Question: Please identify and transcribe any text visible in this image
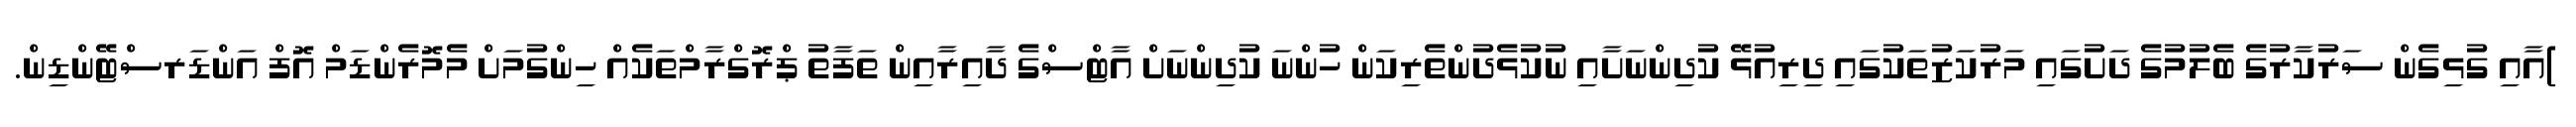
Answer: )އާއި ގުޅިގެން ސަރުކާރުގެ ބެލުމުގެ ދަށުގައި މަރުކަޒުތަކުގައި ދިރިއުޅޭ ކުދިންނަށާއި ނުކުޅެދުންތެރިކަން ހުންނަ ކުދިންނަށް އާޓްސްގެ ދާއިރާއިން ތަފާތު ޕްރޮގްރާމްތަކެއް ހިންގުމަށް މެމޮރެންޑަމް އޮފް އަންޑަރސްޓޭންޑިން.